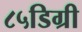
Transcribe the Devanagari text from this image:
८५डिग्री